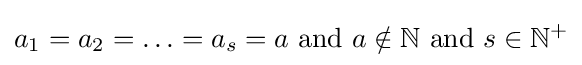
a_{1}=a_{2}=\ldots =a_{s}=a{\text{ and }}a\notin \mathbb {N} {\text{ and }}s\in \mathbb {N} ^{+}